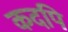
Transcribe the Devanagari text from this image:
कदपि